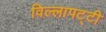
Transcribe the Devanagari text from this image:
विल्लापट्टी